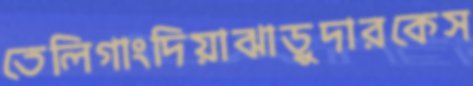
তেলিগাংদিয়াঝাড়ুদারকেস